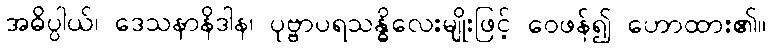
အဓိပ္ပါယ်၊ ဒေသနာနိဒါန၊ ပုဗ္ဗာပရသန္ဓိလေးမျိုးဖြင့် ဝေဖန်၍ ဟောထား၏။